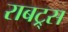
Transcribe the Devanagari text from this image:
राबट्र्स